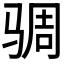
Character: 𮹋